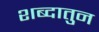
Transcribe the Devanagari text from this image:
शब्दातुन